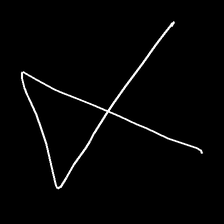
Glyph: collection